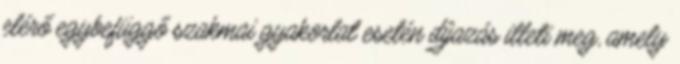
elérő egybefüggő szakmai gyakorlat esetén díjazás illeti meg, amely